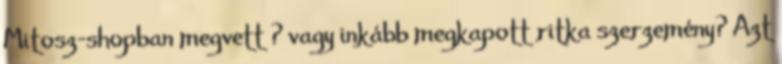
Mitosz-shopban megvett ? vagy inkább megkapott ritka szerzemény? Azt